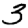
Digit: 3